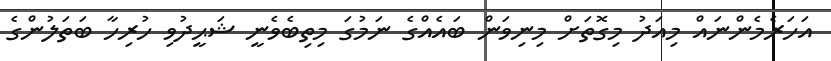
އަަހަރެމެންނައް މިއަދު މިގޮތަށް މިނިވަން ބައެއްގެ ނަމުގަ މިތިބެވެނީ ޝަޙީދުވި ހުރިހާ ބަތަލުންގެ